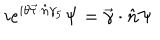
i e ^ { i \theta \vec { \tau } \cdot \hat { n } \gamma _ { 5 } } \Psi = \vec { \gamma } \cdot \hat { n } \Psi